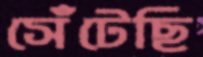
সেঁটেছি